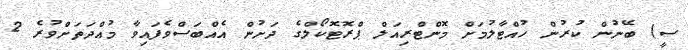
ސީ) ބޭނުން ކުރުން ހުއްޓާލުމަށް މޮންޓްރިއަލް ޕްރޮޓޮކޯލްގެ ދަށުން އެއްބަސްވެފައިވާ މުއްދަތަށްވުރެ 2